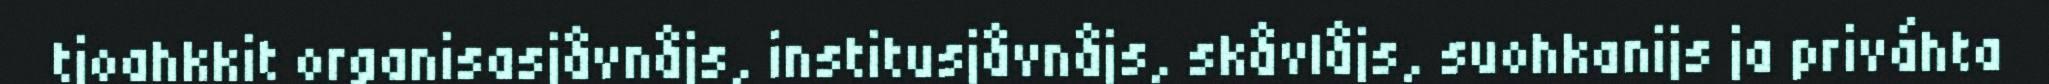
tjoahkkit organisasjåvnåjs, institusjåvnåjs, skåvlåjs, suohkanijs ja priváhta